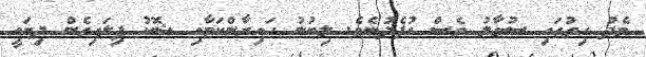
މެދު ހިތުގައި ސުވާލު ވެސް އުފެދުނެވެ. ލިބުނު ހައިރާންކަމާއި ޝޮކު ފިލައިގެން ދިޔައީ